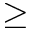
\geq